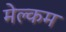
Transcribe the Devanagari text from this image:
मेल्‍कम